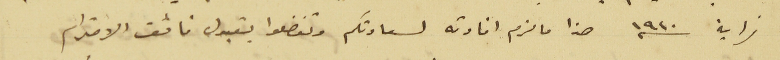
نهاية سنه ١٩٤٠ هذا ما لزم افادته لسعادتكم وتفضلوا بقبول فائق الاحترام